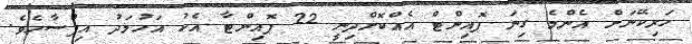
ހަރިކޭނަށް އެންމެ ގިނަ ޕޮއިންޓް އެއްކޮށްދިނީ 22 ޕޮއިންޓާ އެކު އަހުމަދު އިފްސާހެވެ.